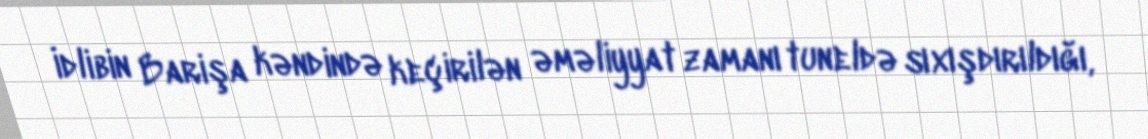
İdlibin Barişa kəndində keçirilən əməliyyat zamanı tuneldə sıxışdırıldığı,